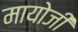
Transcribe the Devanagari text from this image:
मायोजी